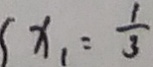
x _ { 1 } = \frac { 1 } { 3 }